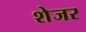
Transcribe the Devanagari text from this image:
शेजर